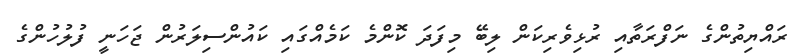
ރައްޔިތުންގެ ނަފްރަތާއި ރުޅިވެރިކަން ލިބޭ މިފަދަ ކޮންމެ ކަމެއްގައި ކައުންސިލަރުން ޖަހަނީ ފުލުހުންގެ